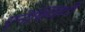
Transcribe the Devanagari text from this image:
एनेक्जिटी